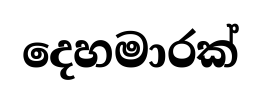
දෙහමාරක්